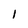
Character: 1